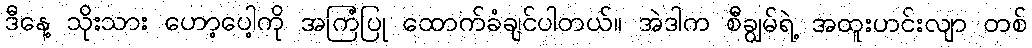
ဒီနေ့ သိုးသား ဟော့ပေါ့ကို အကြံပြု ထောက်ခံချင်ပါတယ်။ အဲဒါက စီချွမ်ရဲ့ အထူးဟင်းလျာ တစ်